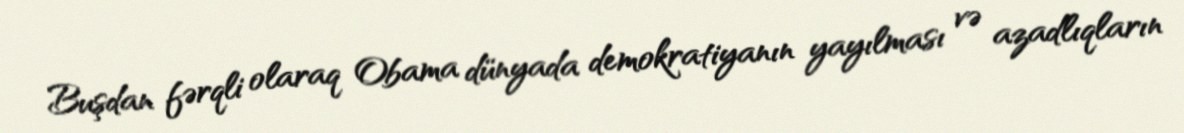
Buşdan fərqli olaraq Obama dünyada demokratiyanın yayılması və azadlıqların